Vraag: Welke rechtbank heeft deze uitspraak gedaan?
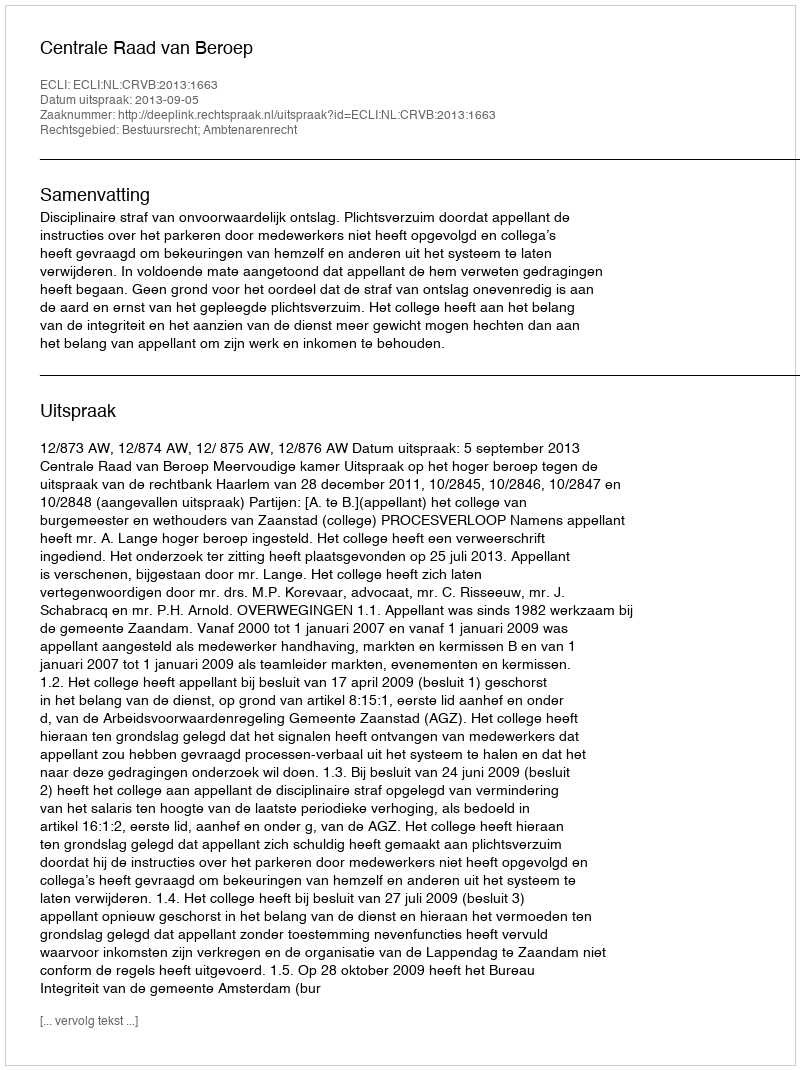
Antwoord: Centrale Raad van Beroep